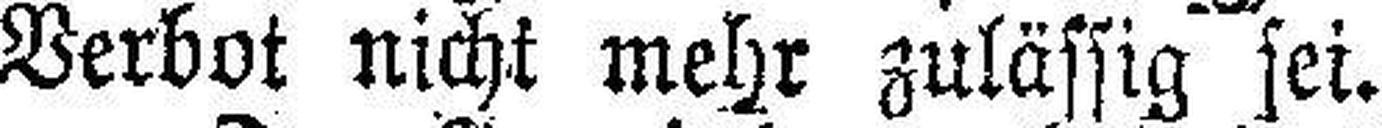
Verbot nicht mehr zulässig sei.